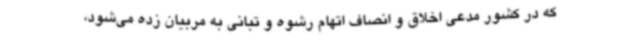
که در کشور مدعی اخلاق و انصاف اتهام رشوه و تبانی به مربیان زده می‌شود،